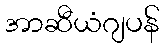
အာဆီယံဂျပန်